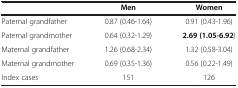
|  | Men | Women |
 | --- | --- | --- |
 | Paternal grandfather | 0.87 (0.46-1.64) | 0.91 (0.43-1.96) |
 | Paternal grandmother | 0.64 (0.32-1.29) | 2.69 (1.05-6.92) |
 | Maternal grandfather | 1.26 (0.68-2.34) | 1.32 (0.58-3.04) |
 | Maternal grandmother | 0.69 (0.35-1.36) | 0.56 (0.22-1.49) |
 | Index cases | 151 | 126 |